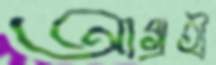
আগ্রহী